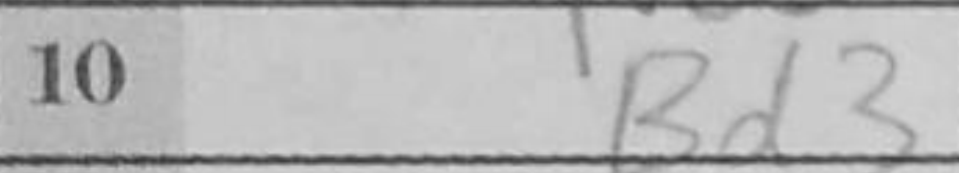
Transcription: Bd3